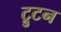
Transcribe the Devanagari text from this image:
ट्रुटन